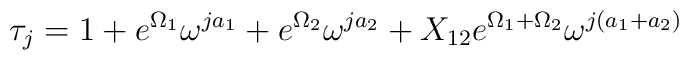
\tau_j= 1+ e^{\Omega_1}\omega^{ja_1} +e^{\Omega_2}\omega^{ja_2}+X_{12}e^{\Omega_1+\Omega_2}\omega^{j(a_1+a_2)}